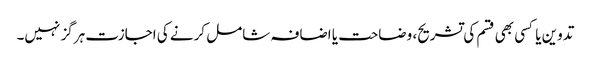
تدوین یا کسی بھی قسم کی تشریح، وضاحت یا اضافہ شامل کرنے کی اجازت ہرگز نہیں۔